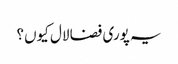
یہ پوری فضا لال کیوں؟